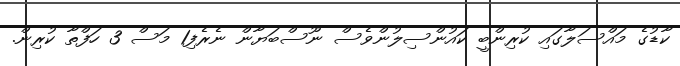
ކާޑުގެ މައްސަލާގައި ކުރިންބީ ކައުންސިލުންވެސް ނޫސްބަޔާން ނެރެފި1 މަސް 3 ހަފްތާ ކުރިން.